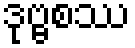
ဒုဗ္ဗစဿ